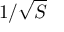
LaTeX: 1 / { \sqrt { S } }